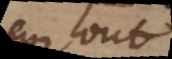
de tout